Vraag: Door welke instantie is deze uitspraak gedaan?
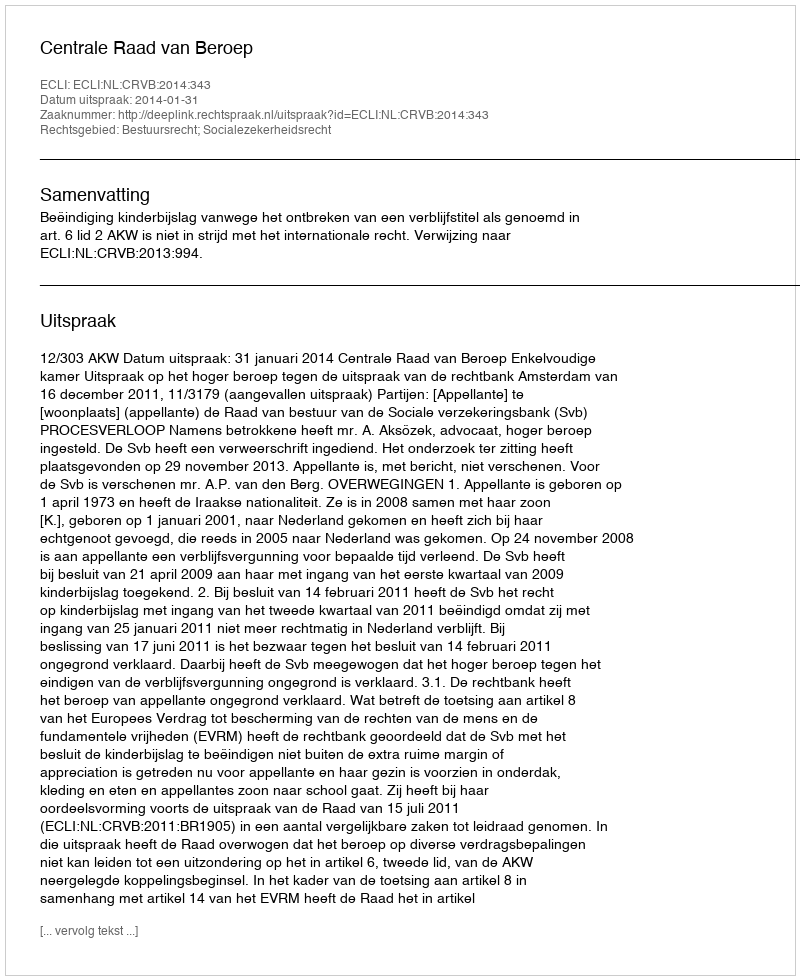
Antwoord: Centrale Raad van Beroep